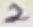
Text: 2